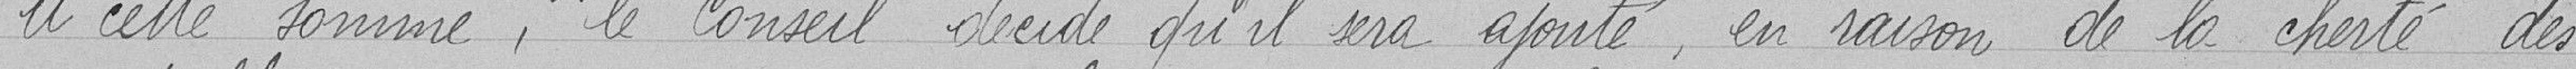
A cette somme, le Conseil décide qu'il sera ajouté, en raison de la cherté des